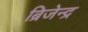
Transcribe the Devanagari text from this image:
ब्रिजेन्द्र